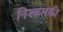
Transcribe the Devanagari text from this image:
निश्कलंकी